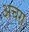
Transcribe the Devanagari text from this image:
अचरा